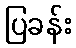
ပြခန်း